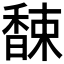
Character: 𲋮